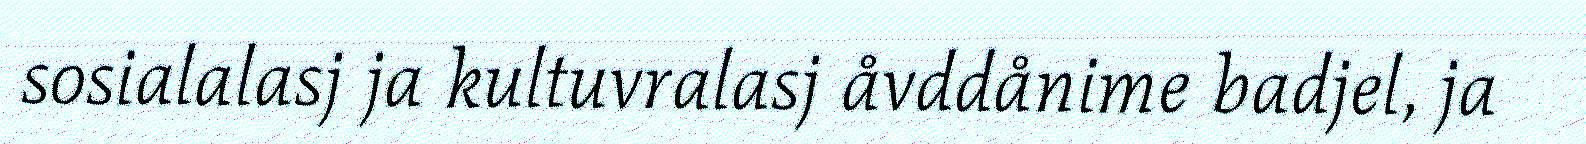
sosialalasj ja kultuvralasj åvddånime badjel, ja